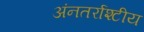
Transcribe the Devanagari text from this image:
अंनतर्राश्टीय